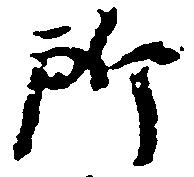
所